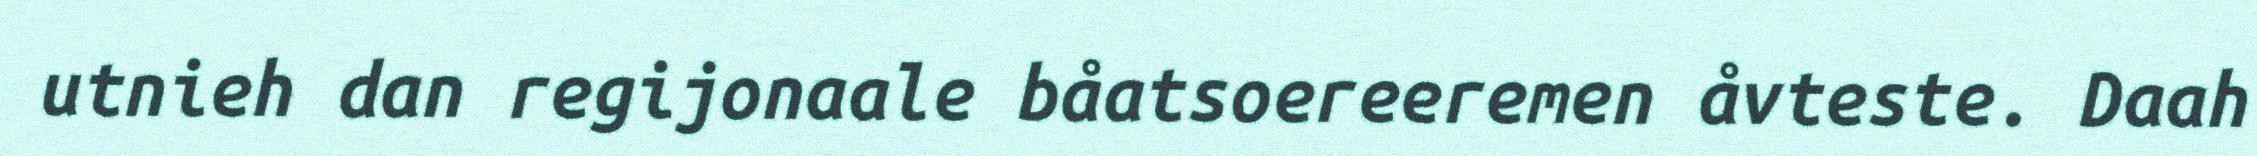
utnieh dan regijonaale båatsoereeremen åvteste. Daah